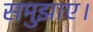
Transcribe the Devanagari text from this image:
समुझाए।